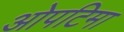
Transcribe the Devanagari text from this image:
ओपटिमा